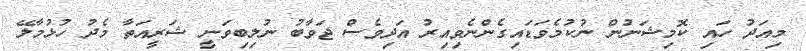
މިއަދު ހައި ކޮމިޝަނުން ނުކުމެވަޑައިގެންނެވިއިރު އަދިވެސް ޖަވާބު ނުލިބިވަނީ ޝަރީއަތާ މެދު ހުޅުމާލޭ